Vaccine operations Central Provinces 1868-1885 - 1868-1885
Year: 1868
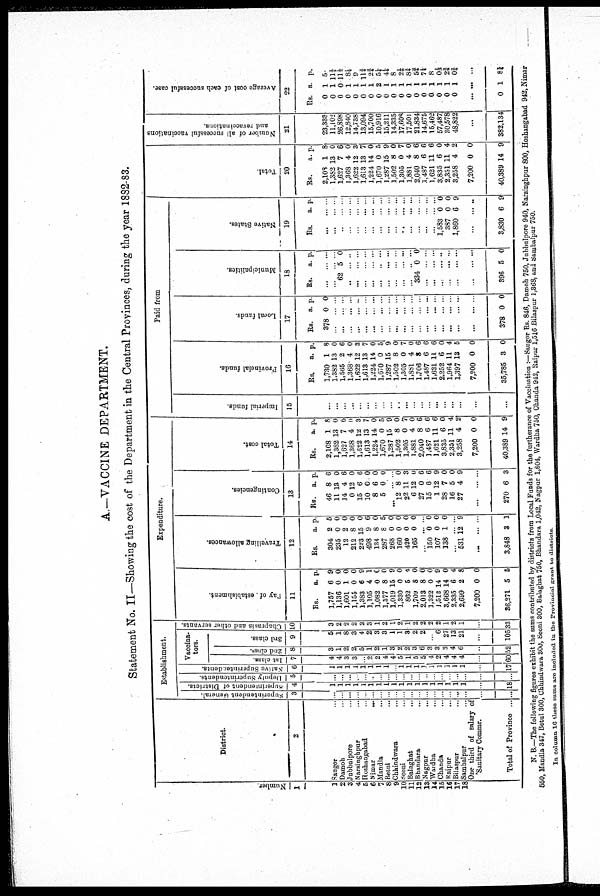
A.-VACCINE DEPARTMENT.
Statement No. II—Showing the cost of the Department in the Central Provinces, during the year 1882-83.
Number.
1
1
2
3
4
5
6
7
8
9
10
11
12
18
14
15
16
17
18
District.
2
Saugor... ... ...
Damoh... ... ...
Jubbulpore... ... ...
Narsinghpur... ... ...
Hoshangabad... ... ...
Nimar...
...
...
Mandla... ... ... ...
Betul... ... ...
Chhindwara... ... ...
Seoni... ... ... ...
Balaghat... ... ...
Bhandara... ... ...
...
Nagpur... ... ... ...
Wardha... ... ...
Chanda... ... ... ...
Raipur... ... ... ...
Bilaspur... ... ...
Sambalpur... ... ...
One third of salary of
Sanitary Commr.
Total of Province... ...
Establishment.
Superintendent General.
3
...
...
...
...
...
...
...
...
...
...
...
...
...
...
...
...
...
...
...
...
Superintendent of Districts.
4
1
1
1
1
1
1
1
1
1
1
1
1
1
1
1
1
1
1
...
18
Deputy Superintendents.
5
...
...
...
...
...
...
...
...
...
...
...
...
...
...
...
...
...
...
...
...
Native Superintendents.
6
1
1
1
1
1
1
1
1
...
1
1
1
1
1
1
1
1
1
...
17
Vaccina-
tors.
1st class.
7
4
4
3
3
...
2
2
4
4
5
1
5
5
4
2
4
4
4
...
30
2nd class.
8
3
1
2
2
5
1
2
1
3
2
2
3
6
3
3
3
4
6
...
52
3rd class.
9
5
1
8
3
4
2
3
3
1
1
3
2
2
...
6
27
13
21
...
105
Chaprasis and other servants.
10
3
2
2
2
2
3
1
2
1
2
1
2
2
2
2
1
2
1
...
33
Expenditure.
Pay of estabishment.
11
Rs.
1,757
1,136
1,601
1,155
1,383
1,105
1,082
1,377
1,019
1,330
862
1,709
2,013
1,322
1,512
3,668
2,335
2,699
7,200
36,271
a.
6
0
1
0
6
4
0
8
15
0
5
8
8
0
14
14
6
2
0
5
p.
9
0
0
0
9
1
0
0
9
0
4
0
0
0
9
0
4
8
0
5
Travelling allowances.
12
Rs.
304
235
12
212
223
498
134
287
268
160
420
165
...
150
107
138
...
531
...
3,848
a.
2
0
2
8
15
9
8
8
0
0
0
0
...
0
0
1
...
12
...
3
p.
5
0
0
0
0
6
0
5
0
0
0
0
..
0
0
0
...
9
...
1
Contingencies.
13
Rs.
46
11
14
0
15
10
8
5
...
12
22
6
27
15
1
28
16
27
...
270
a.
8
13
4
12
6
0
6
0
...
8
11
12
0
6
12
7
5
4
...
6
p.
6
0
6
0
6
0
0
0
...
0 3
0
6
6
9
0
0
9
...
3
Total cost.
14
Rs.
2,108
1,382
1,627
1,368
1,622
1,613
1,224
1,670
1,287
1,502
1,305
1,881
2,040
1,487
1,621
3,835
2,351
3,258
7,200
40,389
a.
1
13
7
4
12
13
14
0
15
8
0
4
8
6
11
6
11
4
0
14
p.
8
0
6
0
3
7
0
5
9
0
7
0
6
6
6
0
4
2
0
9
Paid from
Imperial funds.
15
...
...
...
...
...
...
...
...
...
..
...
...
...
...
...
...
...
...
...
...
Provincial funds.
16
Rs.
1,730
1,382
1,565
1,368
1,622
1,613
1,224
1,670
1,287
1,502
1,305
1,881
1,706
1,487
1,621
2,252
1,964
1,397
7,200
35,785
a.
1
13
2
4
12
13
14
0
15
8
0
4
8
6
11
6
11
13
0
3
p.
8
0
6
0
3
7
0
5
9
0
7
0
6
6
6
0
4
5
0
0
Local funds.
17
Rs.
378
...
...
...
...
...
...
...
...
...
...
...
...
...
...
...
...
...
...
378
a.
0
...
...
...
...
...
...
...
...
...
...
...
...
...
...
...
...
...
...
0
p.
0
...
...
...
...
...
...
...
...
...
..
...
...
...
...
...
...
...
...
0
Municipalities.
18
Rs.
...
... 62
...
...
...
...
...
...
...
...
...
334
...
...
...
...
...
...
396
a.
...
...
5
...
...
...
...
..
...
...
...
..
0
...
...
...
...
...
...
5
p.
...
...
0
...
...
...
...
...
...
...
...
...
0
...
...
...
...
...
...
0
Native States.
19
Rs.
...
...
...
...
...
...
...
...
...
...
...
...
...
...
...
1,583
387
1,860
...
3,830
a.
...
...
...
...
...
...
...
...
...
...
...
...
...
...
...
0
0
6
...
6
p.
...
...
...
...
...
...
...
...
...
...
...
...
...
...
...
0
0
9
...
9
Total.
20
Rs.
2,108
1,382
1,627
1,368
1,622
1,613
1,224
1,670
1,287
1,502
1,305
1,881
2,040
1,487
1,621
3,835
2,351
3,258
7,200
40,389
a.
1
13
7
4
12
13
14
0
15
8
0
4
8
6
11
6
11
4
0
14
p.
8
0
6
0
3
7
0
5
9
0
7
0
6
6
6
0
4
2
0
9
Number of all successful vaccinations
and revaccinations.
21
23,333
11,102
26,898
12,840
14,738
13,094
15,700
10,916
15,211
14,335
17,608
17,501
21,834
14,675
15,462
57,487
30,578
48,822
...
382,134
Average cost of each successful case.
22
Rs.
0
0
0
0
0
0
0
0
0
0
0
0
0
0
0
0
0
0
...
0
a.
1
1
0
1
1
1
1
2
1
1
1
1
1
1
1
1
1
1
...
1
p.
5
11¾
11½
8½ 9
11¾
2¾ 5¼
44¼
8
2¼
8¼
5¾
7¼
8
0 1/3
2¾
0¾
...
8¼
N. B.—The following figures exhibit the sums contributed by districts from Local Funds for the furtherance of Vaccination :—Saugor Rs. 846, Damoh 750, Jubbulpore 940, Narsinghpur 800, Hoshangabad 942, Nimar
550, Mandla 347, Betul 300, Chhindwara 300, Seoni 300, Balaghat 750, Bhandara 1,042, Nagpur 1,804, Wardha 750, Chanda 942, Saipur 1,516 Bilaspur 1,368, and Sambalpur 750.
In column 16 these sums are included in the Provincial grant to districts.